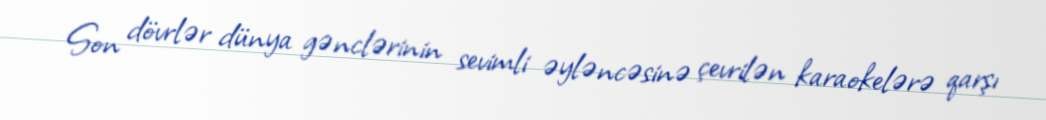
Son dövrlər dünya gənclərinin sevimli əyləncəsinə çevrilən karaokelərə qarşı